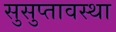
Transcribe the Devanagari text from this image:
सुसुप्तावस्था